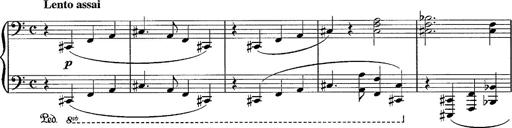
Title: R.W. - Venezia
Composer: Franz Liszt